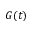
G ( t )